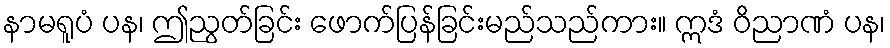
နာမရူပံ ပန၊ ဤညွတ်ခြင်း ဖောက်ပြန်ခြင်းမည်သည်ကား။ ဣဒံ ဝိညာဏံ ပန၊